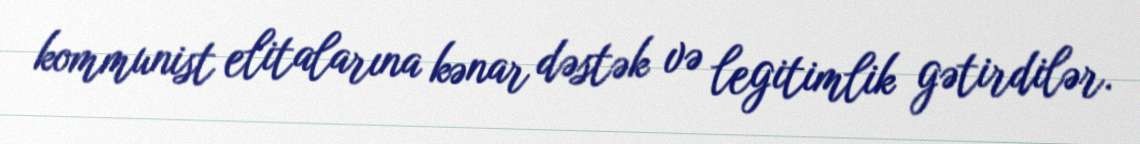
kommunist elitalarına kənar dəstək və legitimlik gətirdilər.